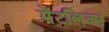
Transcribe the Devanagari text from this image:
मेंटलिज्म